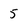
Character: 5